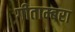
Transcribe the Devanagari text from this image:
गीताम्बरा